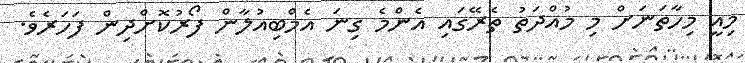
މިއީ މިހާތަނަށް މި މުއްދަތު ތެރޭގައި އެންމެ ގިނަ އެމްބިއުލާން ފޯރުކޮށްދިން ފަހަރެވެ.